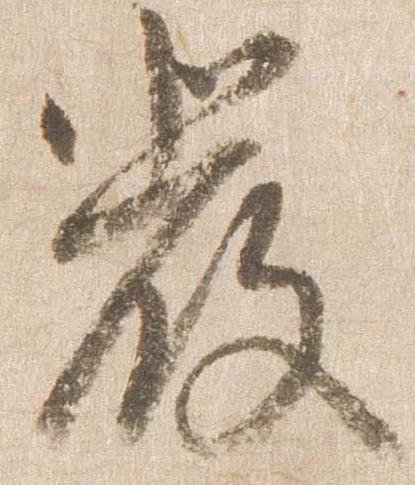
厳